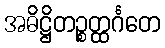
အဓိဋ္ဌိတဉ္စတ္ထင်္ဂတေ